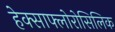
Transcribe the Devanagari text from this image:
हेक्साफ्लोरोसिलिक